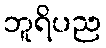
ဘူရိပည